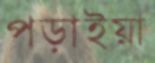
পড়াইয়া